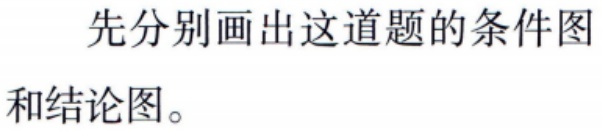
先分别画出这道题的条件图
和结论图。